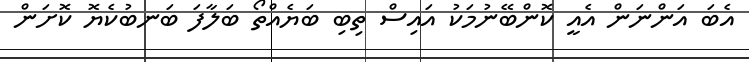
އެބަ އަންނަން އެއީ ކޮންބޭނުމަކު އައިސް ތިބި ބަޔެއްްތޯ ބަލާފަ ބަނބުކެޔޮ ކޮށަން